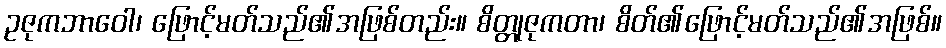
ဥဇုကဘာဝေါ၊ ဖြောင့်မတ်သည်၏အဖြစ်တည်း။ စိတ္တုဇုကတာ၊ စိတ်၏ဖြောင့်မတ်သည်၏အဖြစ်။